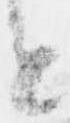
と